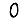
Digit: 0